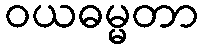
ဝယဓမ္မတာ